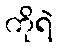
ကိုရဲ